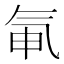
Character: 氠